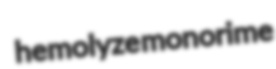
hemolyze monorime